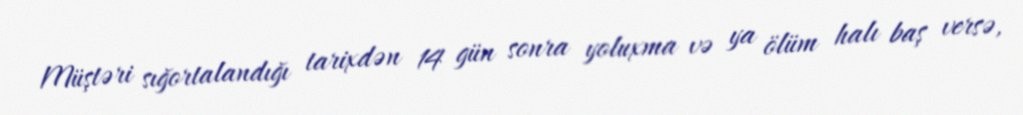
Müştəri sığortalandığı tarixdən 14 gün sonra yoluxma və ya ölüm halı baş versə,